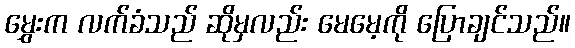
မွှေးက လက်ခံသည် ဆိုမှလည်း မေမေ့ကို ပြောချင်သည်။